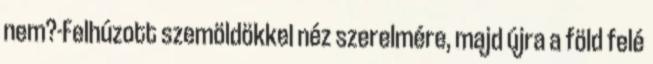
nem?-Felhúzott szemöldökkel néz szerelmére, majd újra a föld felé